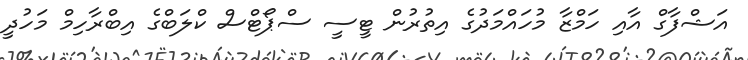
އަޝްފާގް އާއި ހަމްޒާ މުހައްމަދުގެ އިތުރުން ޓީސީ ސްޕޯޓްސް ކްލަބްގެ އިބްރާހިމް މަހުދީ